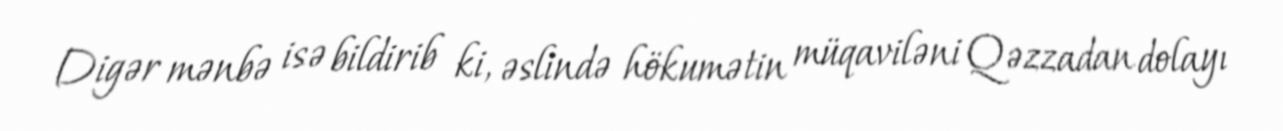
Digər mənbə isə bildirib ki, əslində hökumətin müqaviləni Qəzzadan dolayı